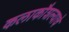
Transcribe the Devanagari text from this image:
कलाकौशल्याचे